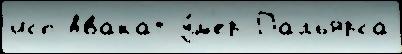
исп Авакат у́м'ер Пальярса